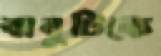
বাবুটিকে